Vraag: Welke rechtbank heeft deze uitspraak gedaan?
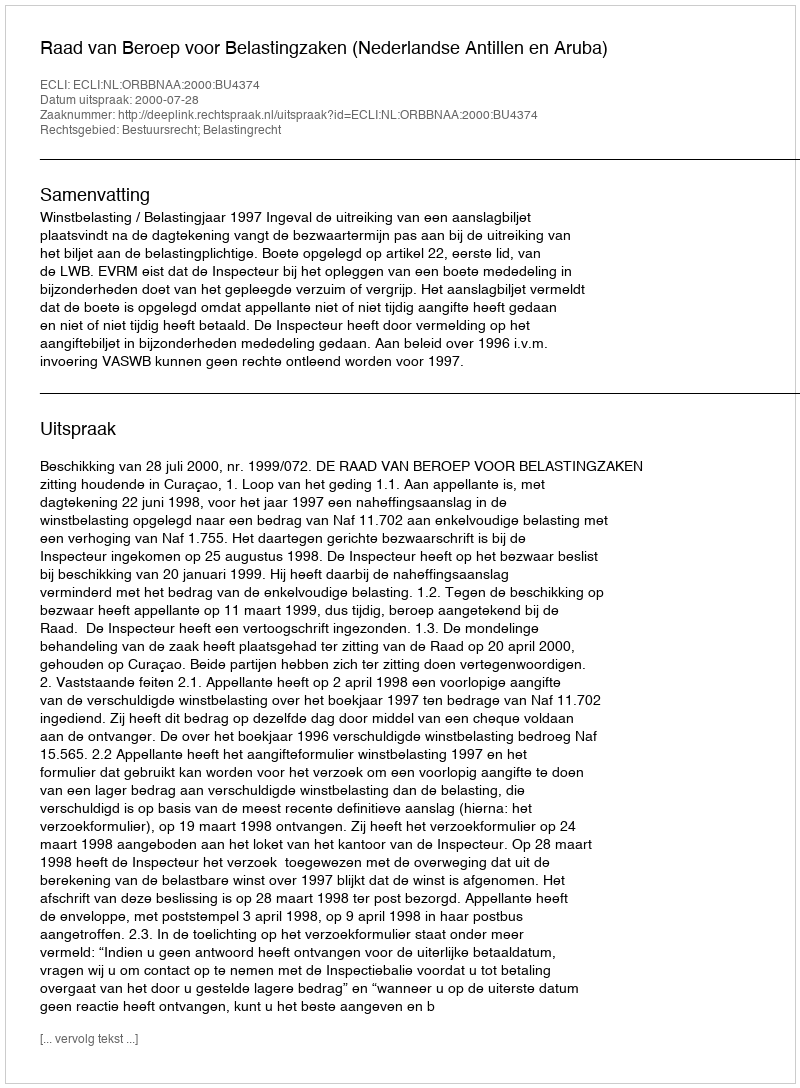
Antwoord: Raad van Beroep voor Belastingzaken (Nederlandse Antillen en Aruba)